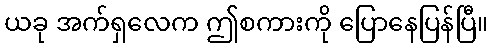
ယခု အက်ရှလေက ဤစကားကို ပြောနေပြန်ပြီ။